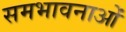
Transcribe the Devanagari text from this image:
समभावनाओं